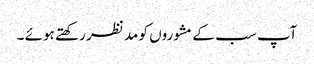
آپ سب کے مشوروں کو مد نظر رکھتے ہوئے ۔